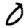
Digit: 0